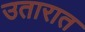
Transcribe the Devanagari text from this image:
उतारात